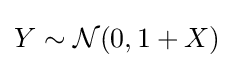
Y\sim {\mathcal {N}}(0,1+X)